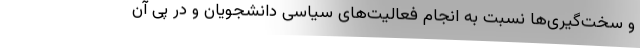
و سخت‌گیری‌ها نسبت به انجام فعالیت‌های سیاسی دانشجویان و در پی آن